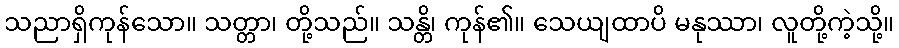
သညာရှိကုန်သော။ သတ္တာ၊ တို့သည်။ သန္တိ၊ ကုန်၏။ သေယျထာပိ မနုဿာ၊ လူတို့ကဲ့သို့။